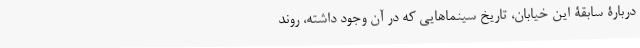
دربارۀ سابقۀ این خیابان، تاریخ سینماهایی که در آن وجود داشته، روند